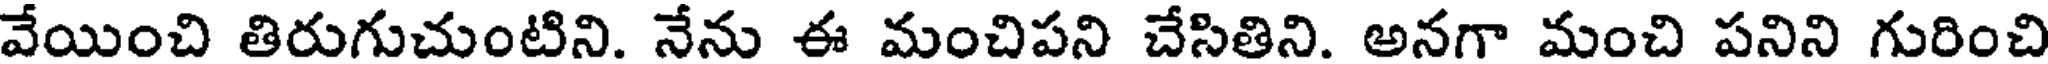
వేయించి తిరుగుచుంటిని. నేను ఈ మంచిపని చేసితిని. అనగా మంచి పనిని గురించి